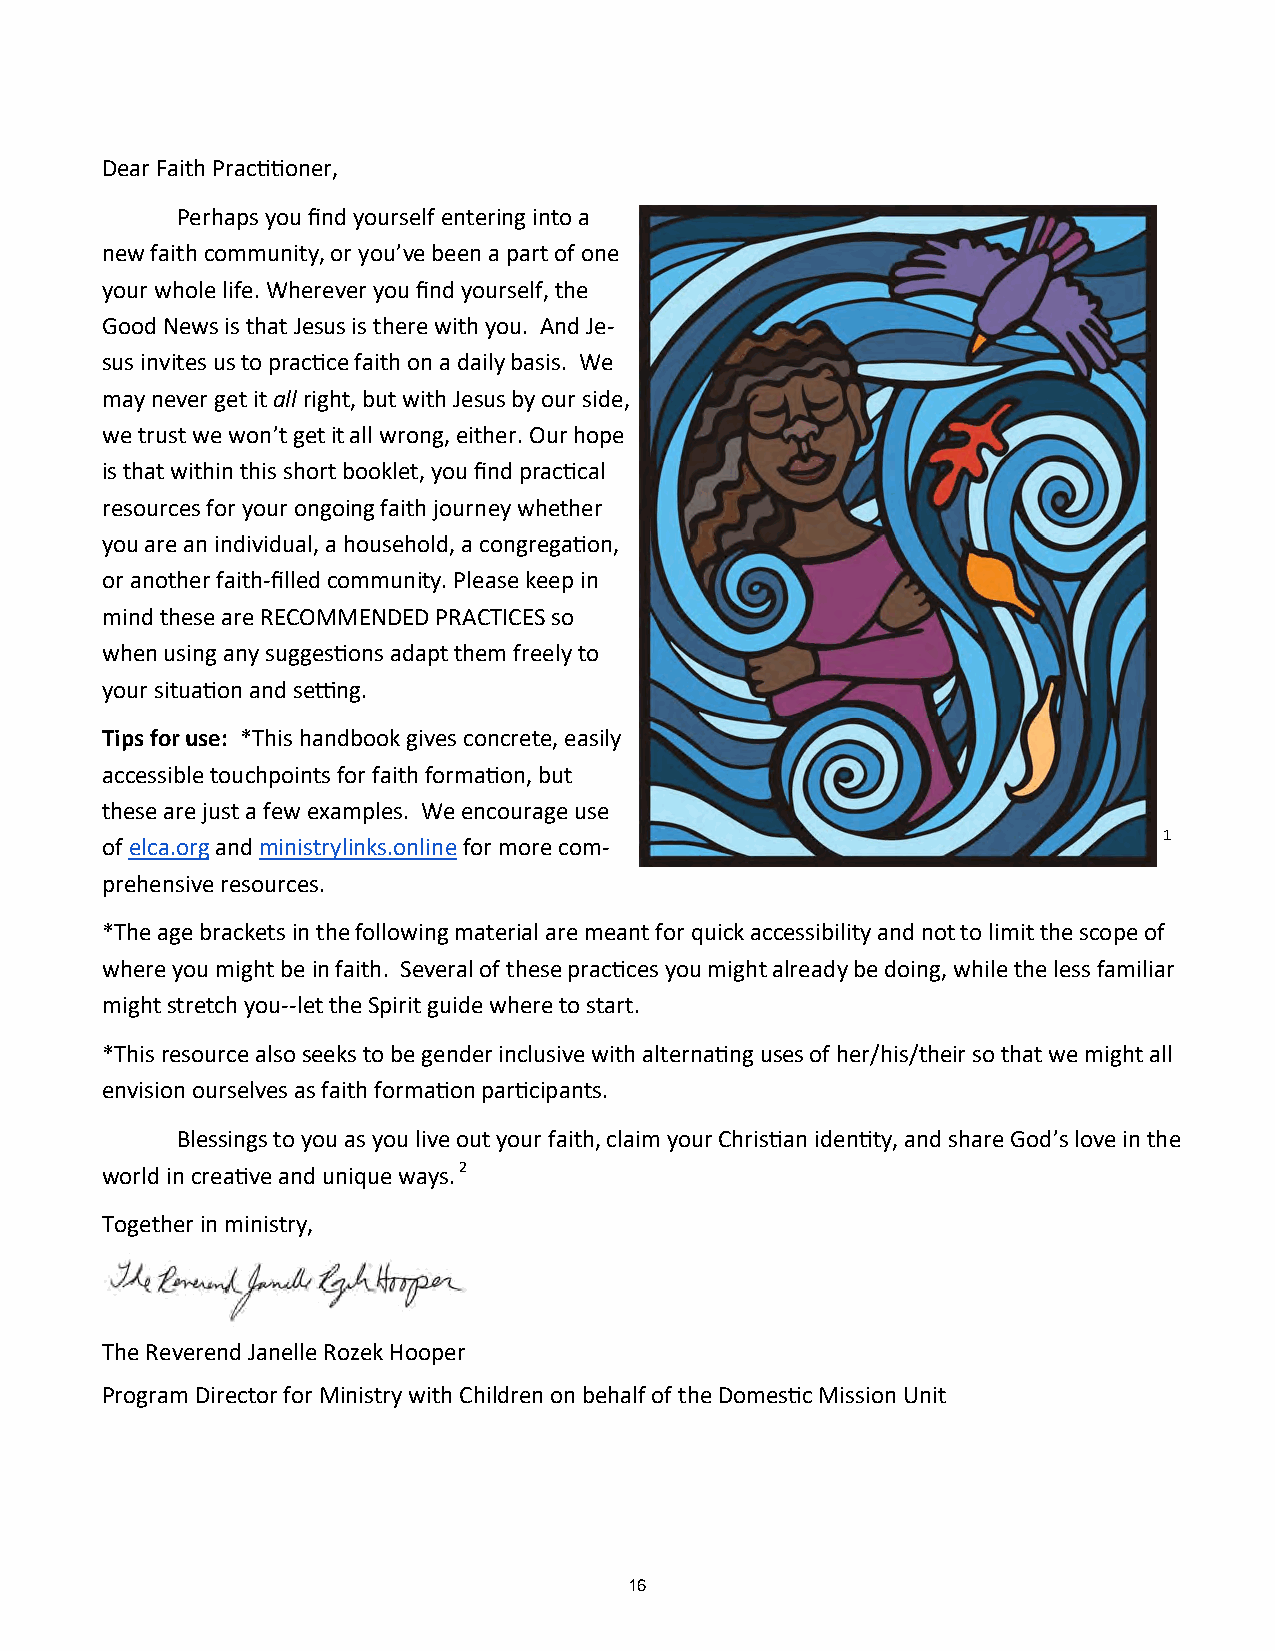
Dear Faith Practitioner,
 Perhaps you find yourself entering into a
 new faith community, or you’ve been a part of one
 your whole life. Wherever you find yourself, the
 Good News is that Jesus is there with you. And Je-
 sus invites us to practice faith on a daily basis. We
 may never get it all right, but with Jesus by our side,
 we trust we won’t get it all wrong, either. Our hope
 is that within this short booklet, you find practical
 resources for your ongoing faith journey whether
 you are an individual, a household, a congregation,
 or another faith-filled community. Please keep in
 mind these are RECOMMENDED PRACTICES so
 when using any suggestions adapt them freely to
 your situation and setting.
 Tips for use: *This handbook gives concrete, easily
 accessible touchpoints for faith formation, but
 these are just a few examples. We encourage use
 1
 of elca.org and ministrylinks.online for more com-
 prehensive resources.
 *The age brackets in the following material are meant for quick accessibility and not to limit the scope of
 where you might be in faith. Several of these practices you might already be doing, while the less familiar
 might stretch you--let the Spirit guide where to start.
 *This resource also seeks to be gender inclusive with alternating uses of her/his/their so that we might all
 envision ourselves as faith formation participants.
 Blessings to you as you live out your faith, claim your Christian identity, and share God’s love in the
 world in creative and unique ways. 2
 Together in ministry,
 The Reverend Janelle Rozek Hooper
 Program Director for Ministry with Children on behalf of the Domestic Mission Unit
 16